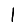
Digit: 1